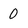
Character: 0